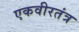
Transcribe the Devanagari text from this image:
एकवीरतंत्र